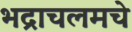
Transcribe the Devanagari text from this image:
भद्राचलमचे